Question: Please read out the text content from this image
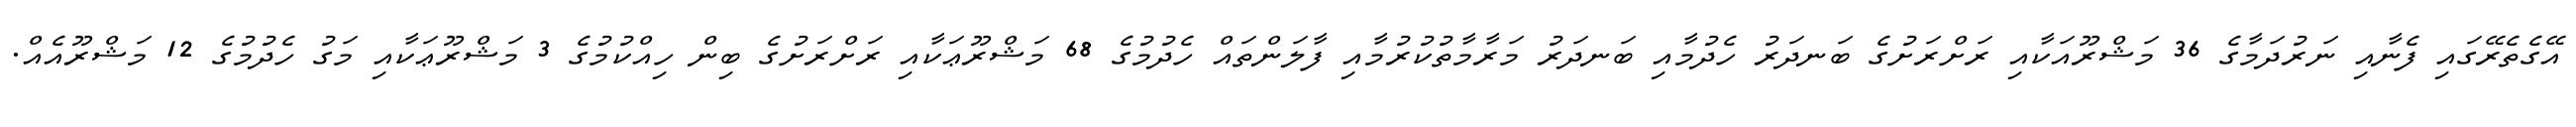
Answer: އޭގެތެރޭގައި ފެނާއި ނަރުދަމާގެ 36 މަޝްރޫއަކާއި ރަށްރަށުގެ ބަނދަރު ހެދުމާއި ބަނދަރު މަރާމާތުކުރުމާއި ފާލަންތައް ހެދުމުގެ 68 މަޝްރޫޢަކާއި ރަށްރަށުގެ ބިން ހިއްކުމުގެ 3 މަޝްރޫޢަކާއި މަގު ހެދުމުގެ 12 މަޝްރޫއެއް.